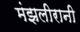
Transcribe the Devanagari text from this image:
मंझलीरानी